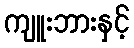
ကျူးဘားနှင့်